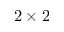
2 \times 2